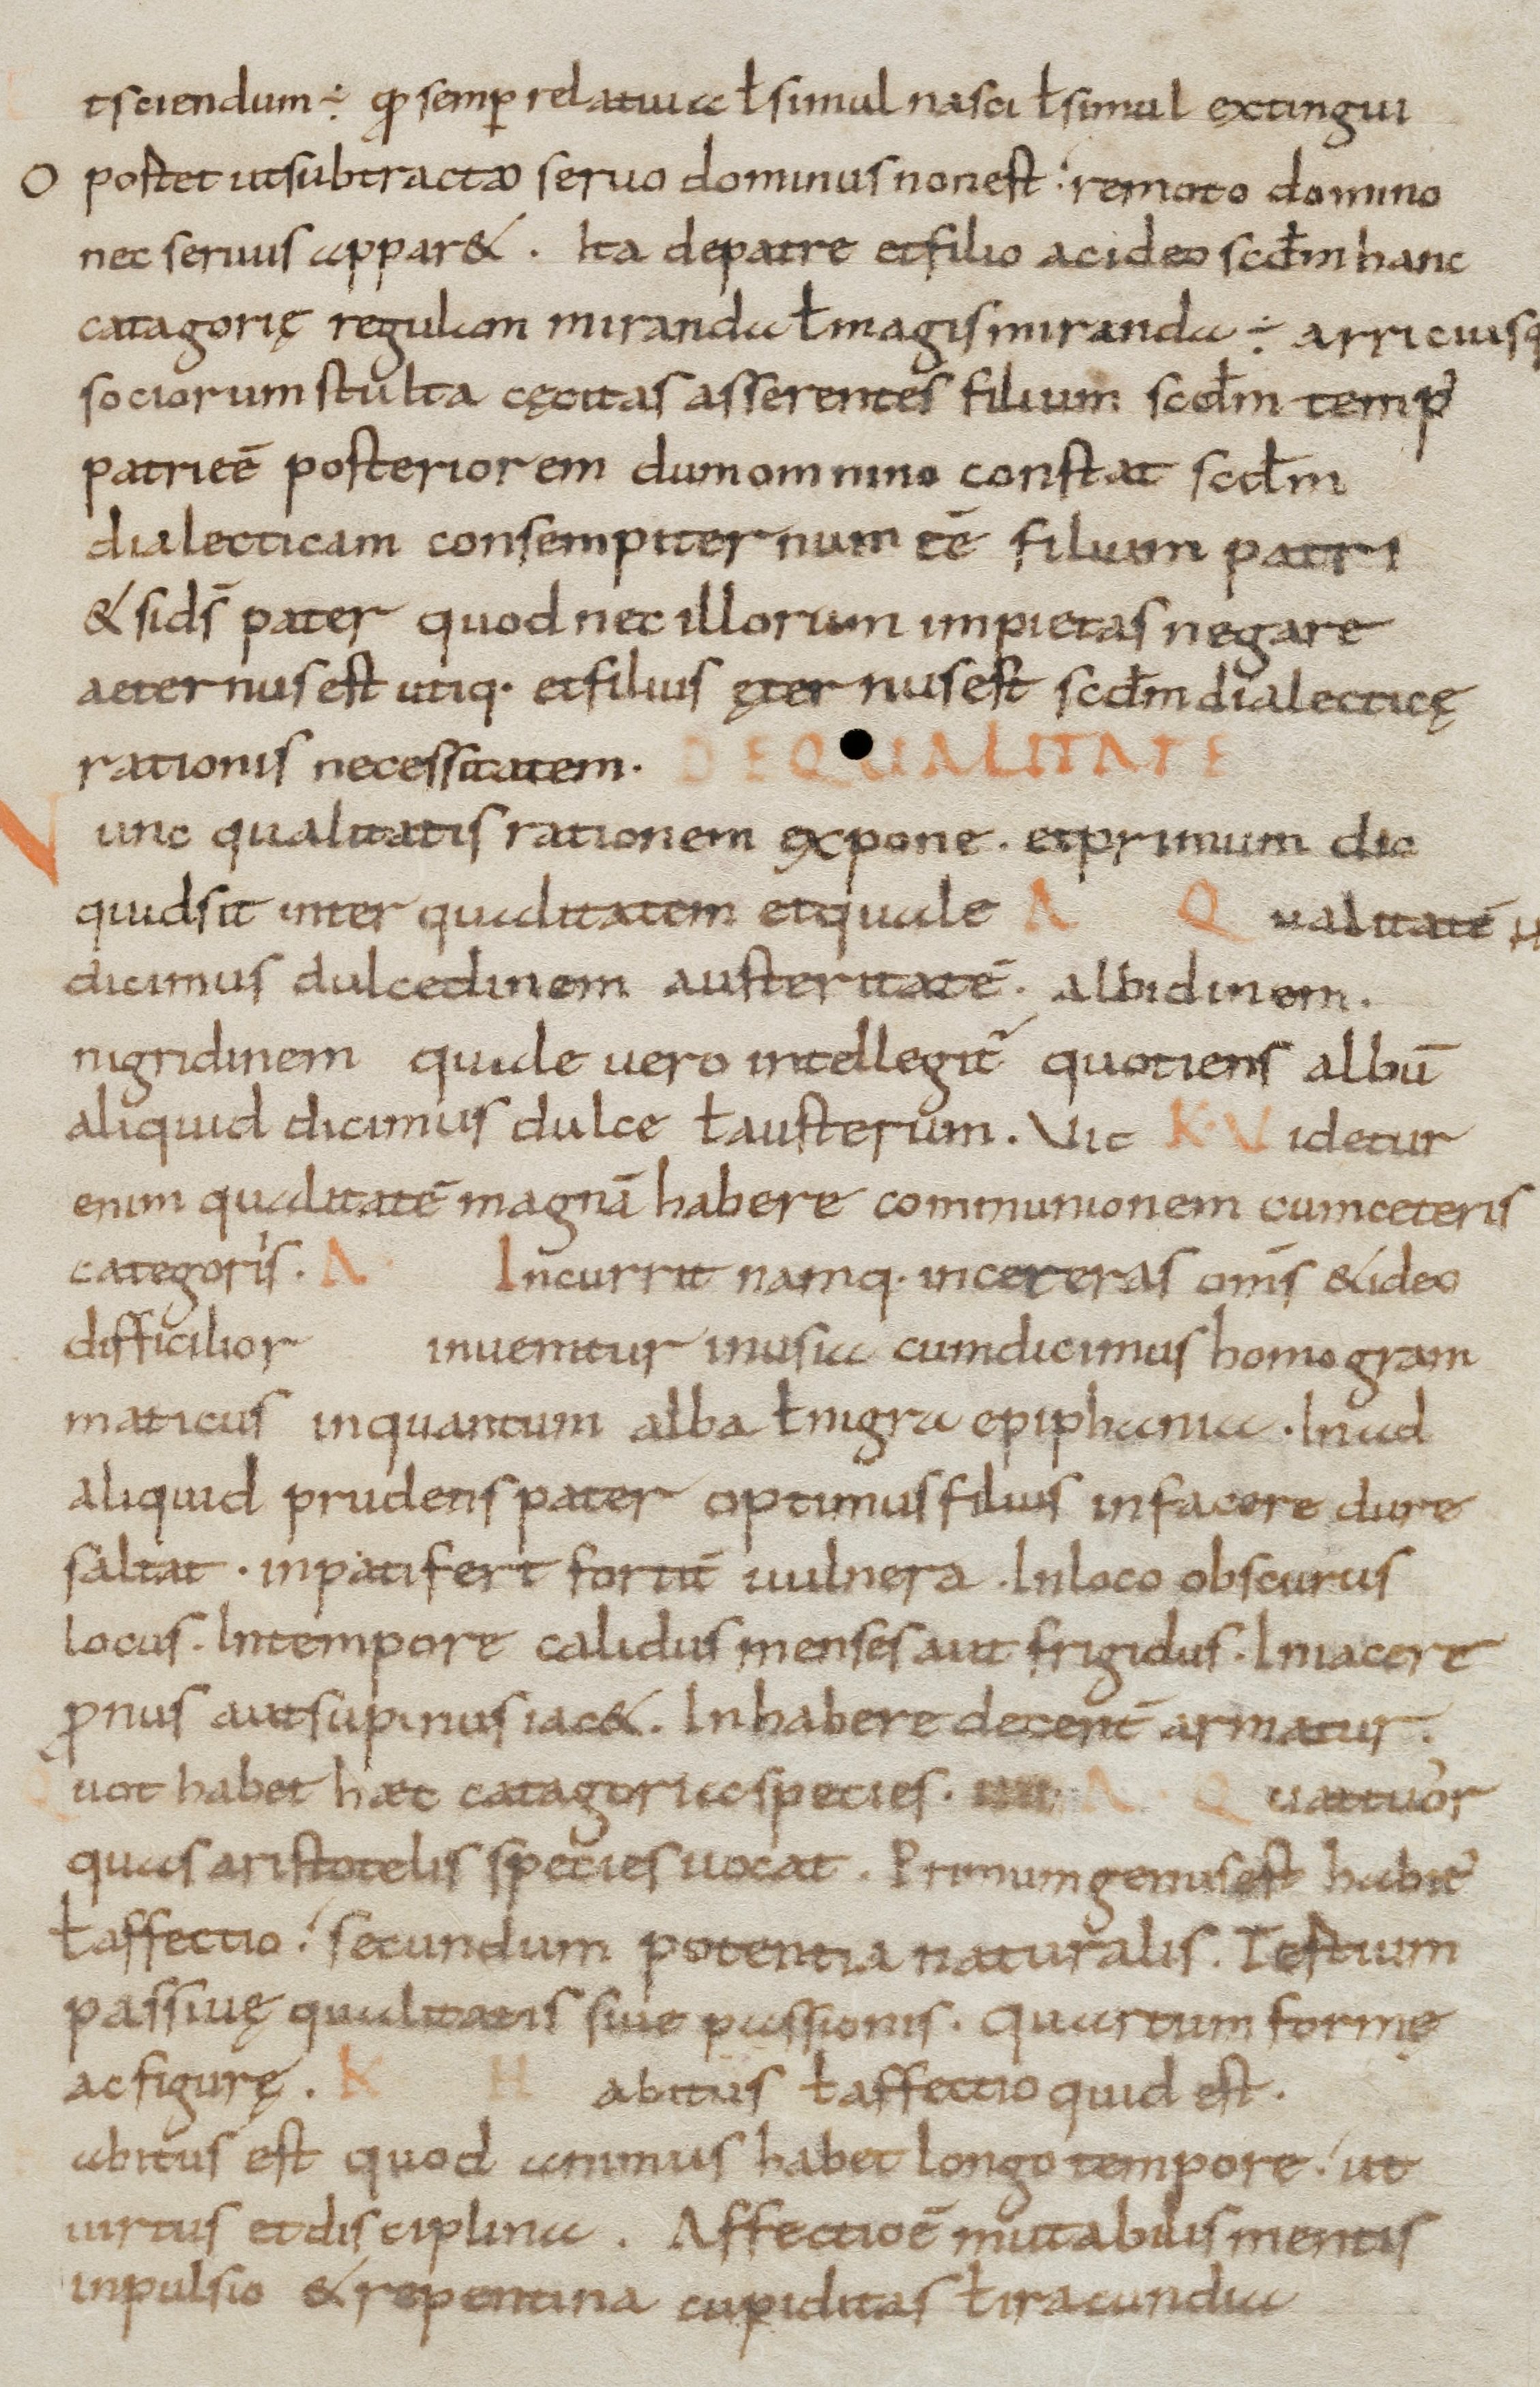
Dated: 800–899